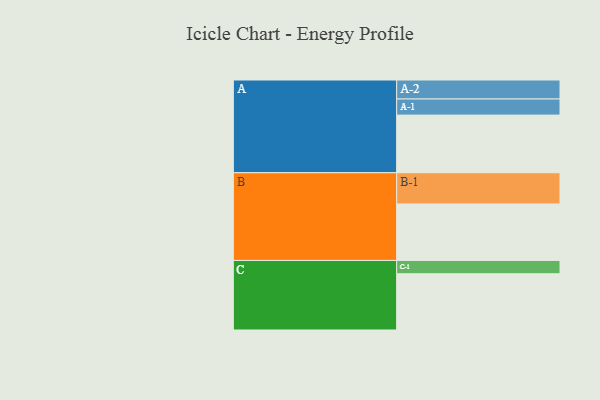
{"axis": {"x": "Segment", "y": "Value"}, "legend": ["", "A", "B", "C"], "data": [{"x": "A", "y": 537, "type": ""}, {"x": "B", "y": 526, "type": ""}, {"x": "C", "y": 524, "type": ""}, {"x": "A-1", "y": 150, "type": "A"}, {"x": "A-2", "y": 177, "type": "A"}, {"x": "B-1", "y": 291, "type": "B"}, {"x": "C-1", "y": 124, "type": "C"}]}